Lunatic asylums Central Provinces reports 1895-1909 - 1895-1909
Year: 1895
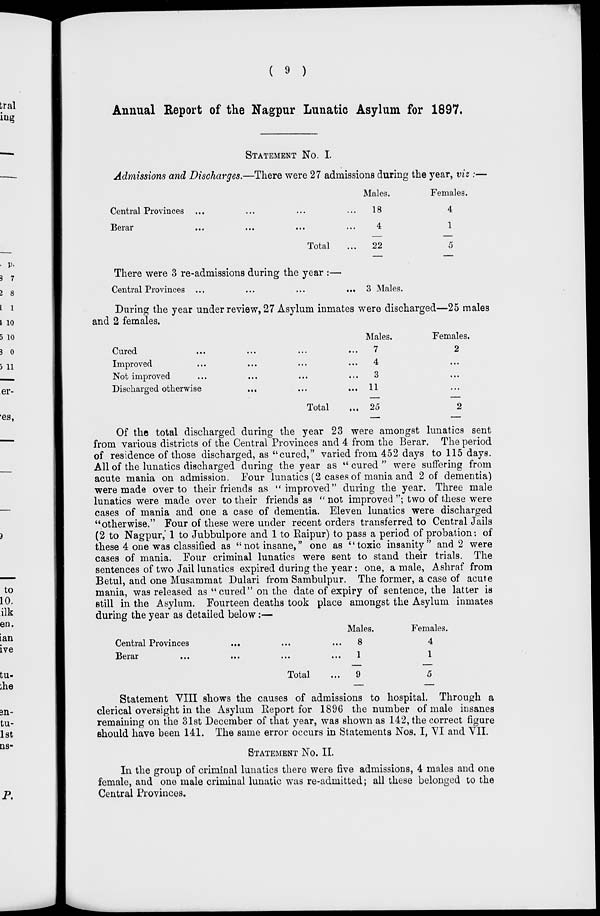
( 9 )
Annual Report of the Nagpur Lunatic Asylum for 1897.
STATEMENT NO. I.
Admissions and Discharges.—There were 27 admissions during the year, viz :—
Central Provinces ... ... ... ...
Berar ... ... ... ...
Total ...
Males.
18
4
22
Females.
4
1
5
There were 3 re-admissions during the year :—
Central Provinces ...
...
...
... 3 Males.
During the year under review, 27 Asylum inmates were discharged—25 males
and 2 females.
Cured ... ... ... ...
Improved ... ... ... ...
Not improved ... ... ... ...
Discharged otherwise
...
...
...
...
Total ...
Males.
7
4
3
11
25
Females.
2
...
...
...
2
Of the total discharged during the year 23 were amongst lunatics sent
from various districts of the Central Provinces and 4 from the Berar. The period
of residence of those discharged, as "cured," varied from 452 days to 115 days.
All of the lunatics discharged during the year as " cured " were suffering from
acute mania on admission. Four lunatics (2 cases of mania and 2 of dementia)
were made over to their friends as " improved" during the year. Three male
lunatics were made over to their friends as " not improved "; two of these were
cases of mania and one a case of dementia. Eleven lunatics were discharged
"otherwise." Four of these were under recent orders transferred to Central Jails
(2 to Nagpur, 1 to Jubbulpore and 1 to Raipur) to pass a period of probation: of
these 4 one was classified as "not insane," one as " toxic insanity" and 2 were
cases of mania. Four criminal lunatics were sent to stand their trials. The
sentences of two Jail lunatics expired during the year : one, a male, Ashraf from
Betul, and one Musammat Dulari from Sambulpur. The former, a case of acute
mania, was released as "cured" on the date of expiry of sentence, the latter is
still in the Asylum. Fourteen deaths took place amongst the Asylum inmates
during the year as detailed below:—
Central Provinces ... ... ... ...
Berar ... ... ... ...
Total ...
Males.
8
1
9
Females.
4
1
5
Statement VIII shows the causes of admissions to hospital. Through a
clerical oversight in the Asylum Report for 1896 the number of male insanes
remaining on the 31st December of that year, was shown as 142, the correct figure
should have been 141. The same error occurs in Statements Nos. I, VI and VII.
STATEMENT NO. II.
In the group of criminal lunatics there were five admissions, 4 males and one
female, and one male criminal lunatic was re-admitted; all these belonged to the
Central Provinces.